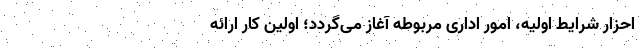
احزار شرایط اولیه، امور اداری مربوطه آغاز می­گردد؛ اولین کار ارائه